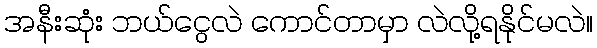
အနီးဆုံး ဘယ်ငွေလဲ ကောင်တာမှာ လဲလို့ရနိုင်မလဲ။